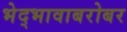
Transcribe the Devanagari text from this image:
भेद्भावाबरोबर